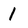
Character: 1